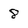
Character: 8